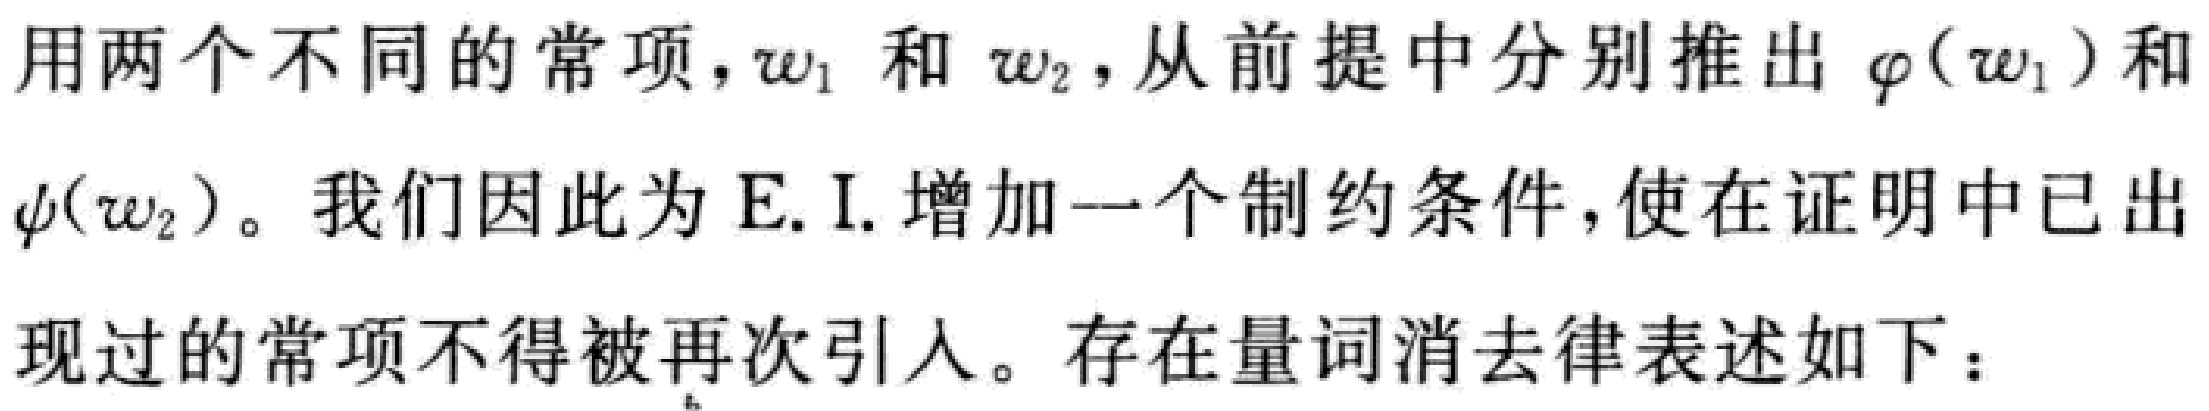
用两个不同的常项，$w_1$ 和 $w_2$, 从前提中分别推出 $\varphi(w_1)$ 和 $\psi(w_2)$。我们因此为 E. I. 增加一个制约条件，使在证明中已出现过的常项不得被再次引入。存在量词消去律表述如下：